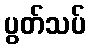
ပွတ်သပ်